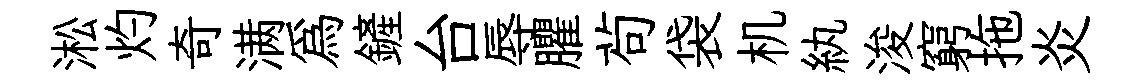
淞灼奇满為鏟台辱臞茍袋机紈浚窮拖炎